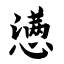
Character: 懑